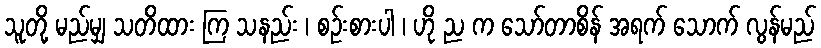
သူတို့ မည်မျှ သတိထား ကြ သနည်း ၊ စဉ်းစားပါ ၊ ဟို ည က သော်တာစိန် အရက် သောက် လွန်မည်